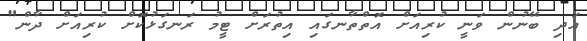
އަދި ބޭނުން ވަނީ ކުރިއަށް އޮތްތާނގައި އިތުރަށް ޓީމު ރަނގަޅުކޮށް ކުރިއަށް ދާން"